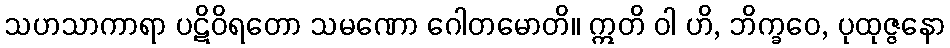
သဟသာကာရာ ပဋိဝိရတော သမဏော ဂေါတမောတိ။ ဣတိ ဝါ ဟိ, ဘိက္ခဝေ, ပုထုဇ္ဇနော